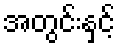
အတွင်းနှင့်